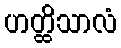
ဟတ္ထိသာလံ